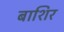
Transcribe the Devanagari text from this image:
बाशिर